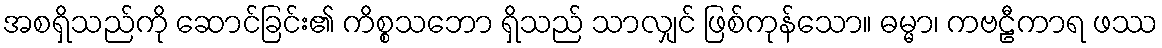
အစရှိသည်ကို ဆောင်ခြင်း၏ ကိစ္စသဘော ရှိသည် သာလျှင် ဖြစ်ကုန်သော။ ဓမ္မာ၊ ကဗဠီကာရ ဖဿ